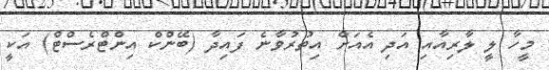
މީހާ ލީ ލާރިއާއި އަދި އެއަށް އިތުރުވާނެ ފައިދާ (ބޭންކް އިންޓްރެސްޓް) އަކީ